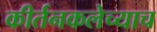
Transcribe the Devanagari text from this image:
कीर्तनकलेच्याच